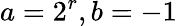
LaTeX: a=2^{r},b=-1